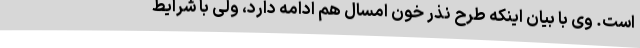
است. وی با بیان اینکه طرح نذر خون امسال هم ادامه دارد، ولی با شرایط